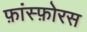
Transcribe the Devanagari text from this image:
फ़ांस्फ़ोरस